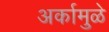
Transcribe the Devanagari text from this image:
अर्कामुळे